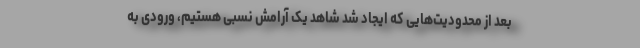
بعد از محدودیت‌هایی که ایجاد شد شاهد یک آرامش نسبی هستیم، ورودی به